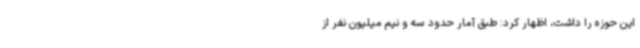
این حوزه را داشت، اظهار کرد: طبق آمار حدود سه و نیم میلیون نفر از